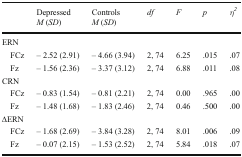
| <ROWSPAN=2>  | Depressed | Controls | <ROWSPAN=2> df | <ROWSPAN=2> F | <ROWSPAN=2> p | <ROWSPAN=2> η2 |
 | M (SD) | M (SD) |
 | --- | --- | --- | --- | --- | --- | --- |
 | <COLSPAN=7> ERN |
 | FCz | – 2.52 (2.91) | – 4.66 (3.94) | 2, 74 | 6.25 | .015 | .07 |
 | Fz | – 1.56 (2.36) | – 3.37 (3.12) | 2, 74 | 6.88 | .011 | .08 |
 | <COLSPAN=7> CRN |
 | FCz | – 0.83 (1.54) | – 0.81 (2.21) | 2, 74 | 0.00 | .965 | .00 |
 | Fz | – 1.48 (1.68) | – 1.83 (2.46) | 2, 74 | 0.46 | .500 | .00 |
 | <COLSPAN=7> ∆ERN |
 | FCz | – 1.68 (2.69) | – 3.84 (3.28) | 2, 74 | 8.01 | .006 | .09 |
 | Fz | – 0.07 (2.15) | – 1.53 (2.52) | 2, 74 | 5.84 | .018 | .07 |